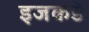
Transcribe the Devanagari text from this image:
इजकडे